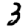
Digit: 3